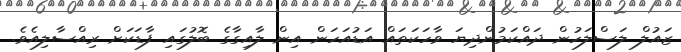
ޒައުލް ލަސްލަހުން ދައްކަމުންދިޔަ ވާހަކަތައް އަޑުއަހަން އިން ލާއިގާގެ ބޮލުގައި ފާޑަކަށް ރިއްސާލިއެވެ.